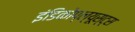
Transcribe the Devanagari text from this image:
इंडिकोप्ल्यूस्ट्स